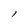
Character: l